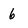
Character: 6